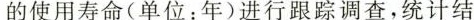
的使用寿命(单位：年)进行跟踪调查，统计结